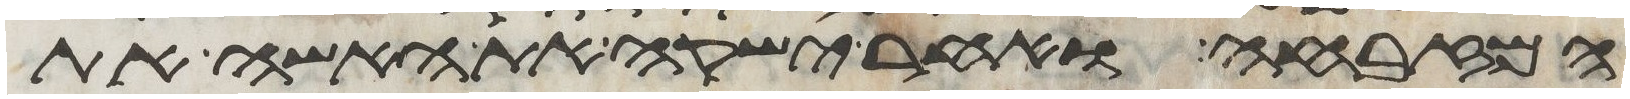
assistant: המזבחה ואחר ישקה את האשה את